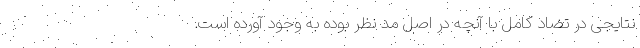
نتایجی در تضاد کامل با آنچه در اصل مد نظر بوده به وجود آورده است.